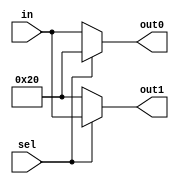
`timescale 1ns / 1ps


module Demux(
        input [7:0]in,
        input sel,
        output reg [7:0]out0,
        output reg [7:0]out1
    );
    
    always @(*)
        begin
        if(sel == 0)
            begin 
            out0 = in;
            out1 = 32;
            end
        else 
            begin 
            out1 = in;
            out0 = 32;
            end
        end
endmodule